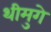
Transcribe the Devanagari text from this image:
थीमुगे